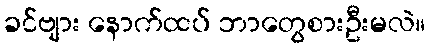
ခင်ဗျား နောက်ထပ် ဘာတွေစားဦးမလဲ။